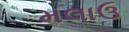
મલાઉ